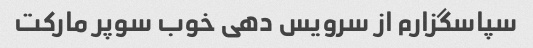
سپاسگزارم از سرویس دهی خوب سوپر مارکت